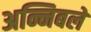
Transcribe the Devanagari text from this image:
अन्निबले